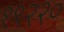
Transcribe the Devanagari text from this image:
१९२२०